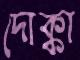
দোক্কা